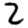
Digit: 2